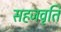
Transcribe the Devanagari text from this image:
सहजवृति